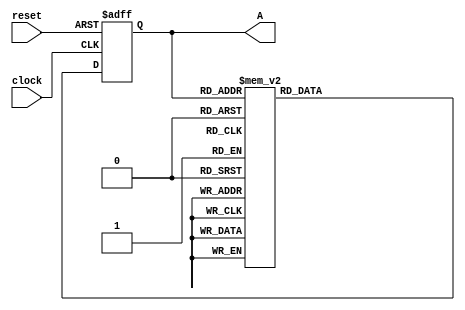
module counter_state(
    input clock, reset,
    output [2:0] A
    );
    reg [2: 0]	state;
    parameter    S0 = 3'b000, S1 = 3'b001, S2 = 3'b010, S3 = 3'b011, S4 = 3'b100, S5 = 3'b101, S6 = 3'b110, S7 = 3'b111;
    always @ (posedge clock, negedge reset)
      if (reset == 0) state <= S0;    // Initialize to state S0
      else case (state)
        S0: state <= S1;
        S1: state <= S2;
        S2: state <= S3;
        S3: state <= S4;
        S4: state <= S5;
        S5: state <= S6;
        S6: state <= S7;
        S7: state <= S0;
      endcase 
    assign A = state;
  endmodule